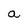
Character: a